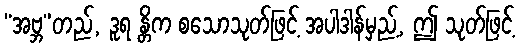
“အဗ္ဘ”တည်, ဒူရ န္တိက စသောသုတ်ဖြင့် အပါဒါန်မှည့်, ဤ သုတ်ဖြင့်